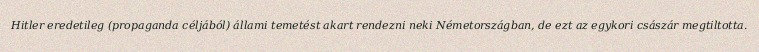
Hitler eredetileg (propaganda céljából) állami temetést akart rendezni neki Németországban, de ezt az egykori császár megtiltotta.